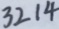
3 2 1 4